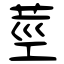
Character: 莖